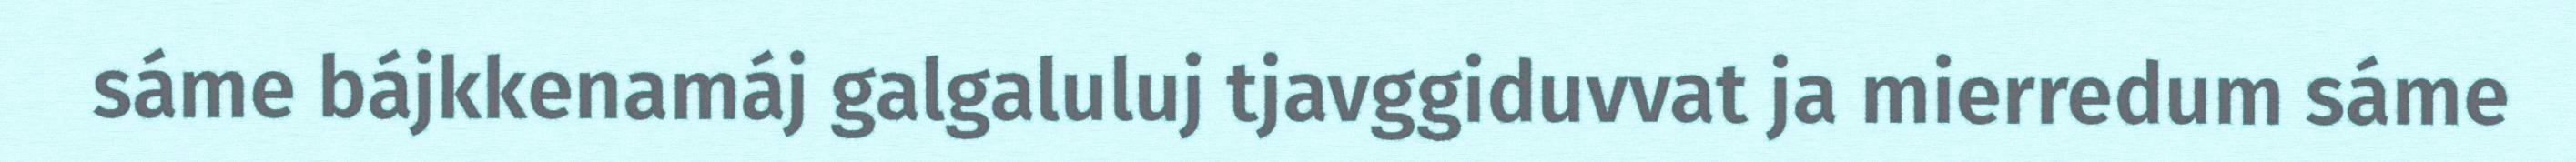
sáme bájkkenamáj galgaluluj tjavggiduvvat ja mierredum sáme